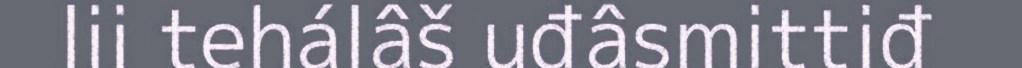
lii tehálâš uđâsmittiđ